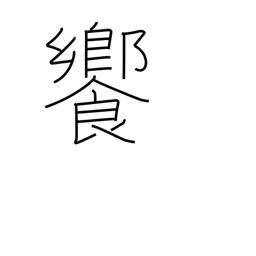
Meaning: banquet